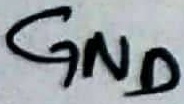
Text: GND